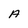
Character: A